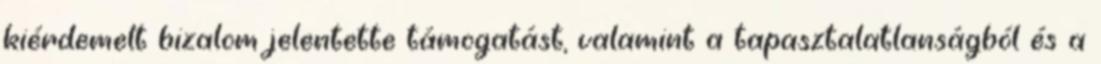
kiérdemelt bizalom jelentette támogatást, valamint a tapasztalatlanságból és a